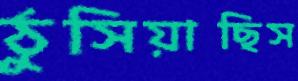
ঠুসিয়াছিস